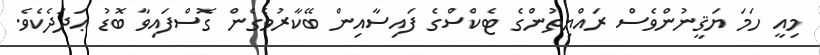
މިއީ ހަމަ ޔަޤީނުންވެސް ރައްޔިތުންގެ ޓެކްސްގެ ފައިސާއިން ބޭކާރުވެގެން ގޮސްފައިވާ ބޮޑު ޢަދަދެކެވެ.